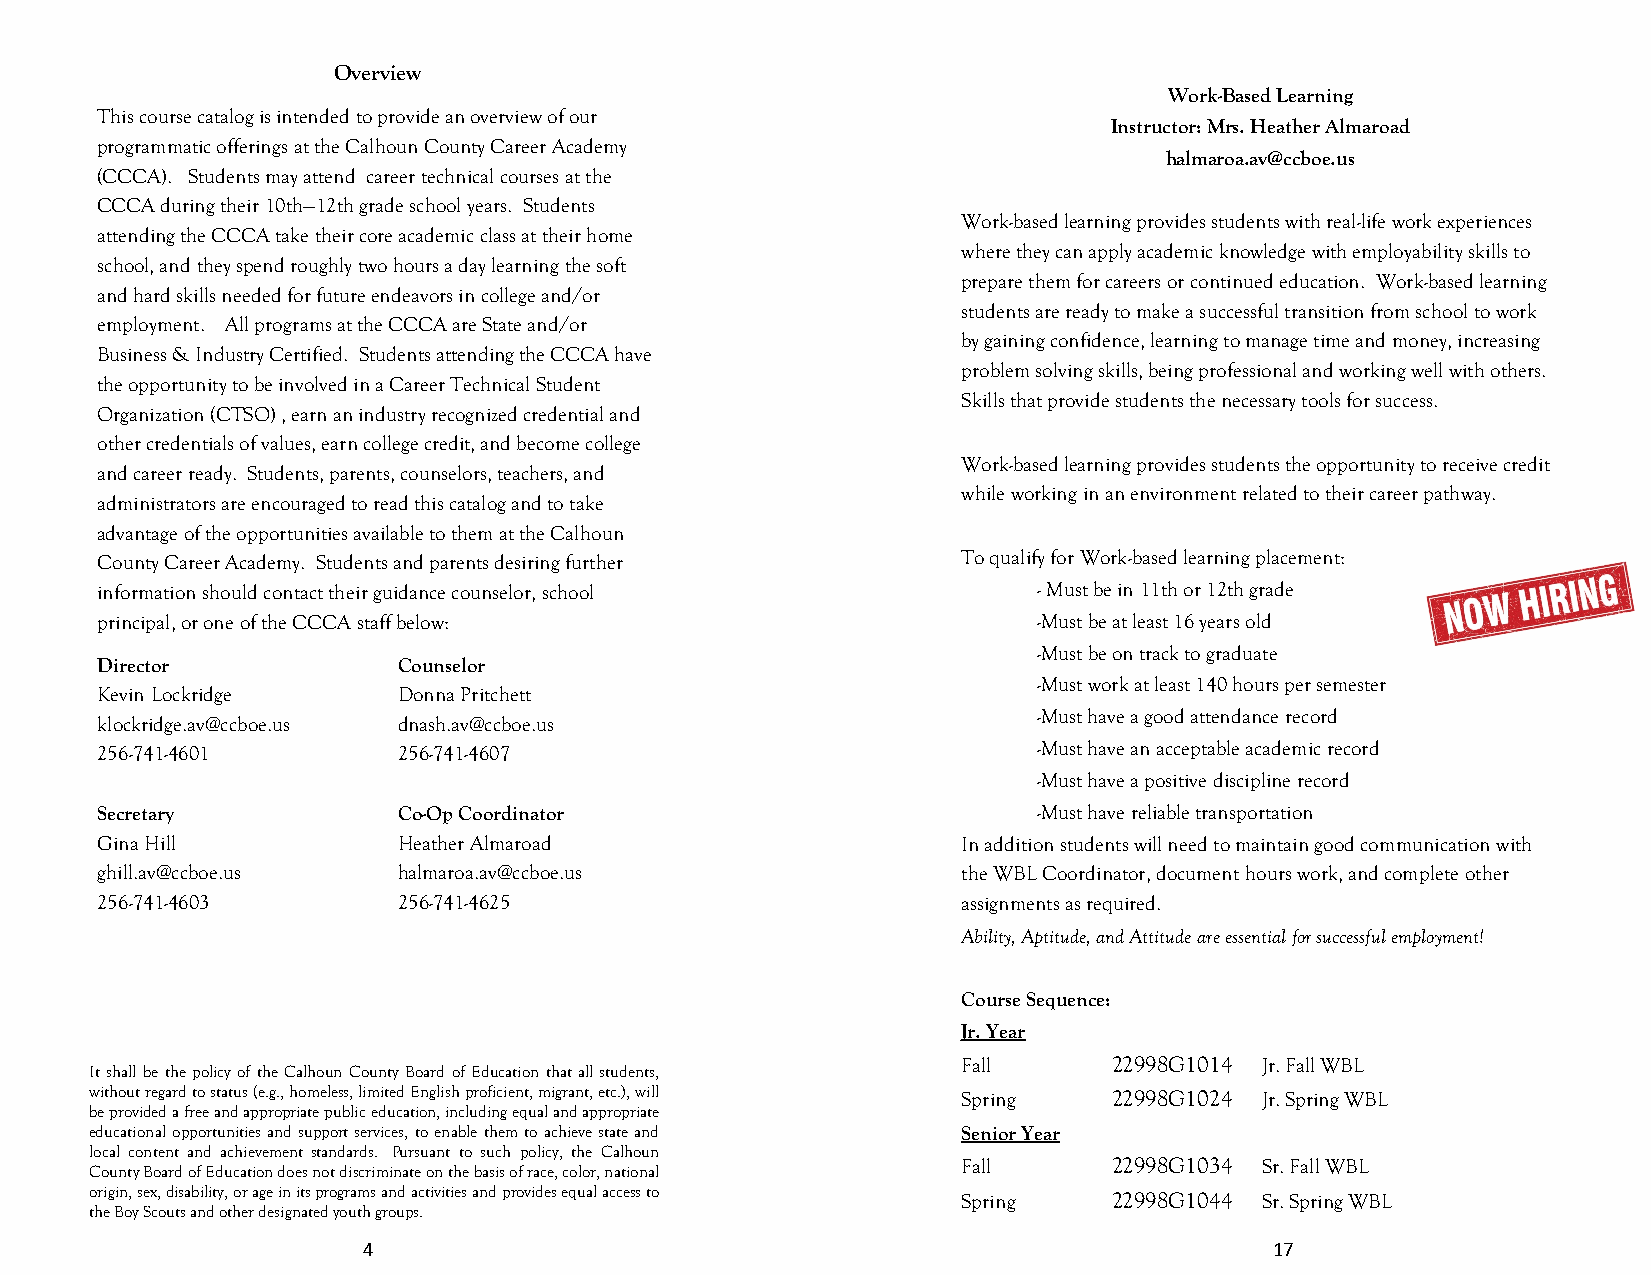
Overview
 Work-Based Learning
 This course catalog is intended to provide an overview of our
 Instructor: Mrs. Heather Almaroad
 programmatic offerings at the Calhoun County Career Academy
 halmaroa.av@ccboe.us
 (CCCA). Students may attend career technical courses at the
 CCCA during their 10th—12th grade school years. Students
 Work-based learning provides students with real-life work experiences
 attending the CCCA take their core academic class at their home
 where they can apply academic knowledge with employability skills to
 school, and they spend roughly two hours a day learning the soft
 prepare them for careers or continued education. Work-based learning
 and hard skills needed for future endeavors in college and/or
 students are ready to make a successful transition from school to work
 employment. All programs at the CCCA are State and/or
 by gaining confidence, learning to manage time and money, increasing
 Business & Industry Certified. Students attending the CCCA have
 problem solving skills, being professional and working well with others.
 the opportunity to be involved in a Career Technical Student
 Skills that provide students the necessary tools for success.
 Organization (CTSO) , earn an industry recognized credential and
 other credentials of values, earn college credit, and become college
 Work-based learning provides students the opportunity to receive credit
 and career ready. Students, parents, counselors, teachers, and
 while working in an environment related to their career pathway.
 administrators are encouraged to read this catalog and to take
 advantage of the opportunities available to them at the Calhoun
 County Career Academy. Students and parents desiring further To qualify for Work-based learning placement:
 information should contact their guidance counselor, school    - Must be in 11th or 12th grade
 principal, or one of the CCCA staff below:                     -Must be at least 16 years old
 -Must be on track to graduate
 Director            Counselor
 -Must work at least 140 hours per semester
 Kevin Lockridge     Donna Pritchett
 -Must have a good attendance record
 klockridge.av@ccboe.us dnash.av@ccboe.us
 256-741-4601        256-741-4607                               -Must have an acceptable academic record
 -Must have a positive discipline record
 Secretary           Co-Op Coordinator                          -Must have reliable transportation
 Gina Hill           Heather Almaroad                      In addition students will need to maintain good communication with
 ghill.av@ccboe.us   halmaroa.av@ccboe.us                  the WBL Coordinator, document hours work, and complete other
 256-741-4603        256-741-4625                          assignments as required.
 Ability, Aptitude, and Attitude are essential for successful employment!
 Course Sequence:
 Jr. Year
 Fall      22998G1014 Jr. Fall WBL
 It shall be the policy of the Calhoun County Board of Education that all students,
 without regard to status (e.g., homeless, limited English proficient, migrant, etc.), will Spring 22998G1024 Jr. Spring WBL
 be provided a free and appropriate public education, including equal and appropriate
 educational opportunities and support services, to enable them to achieve state and Senior Year
 local content and achievement standards. Pursuant to such policy, the Calhoun
 Fall      22998G1034 Sr. Fall WBL
 County Board of Education does not discriminate on the basis of race, color, national
 origin, sex, disability, or age in its programs and activities and provides equal access to
 Spring    22998G1044 Sr. Spring WBL
 the Boy Scouts and other designated youth groups.
 4                                                           17